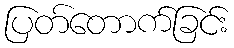
ပြတ်တောက်ခြင်း